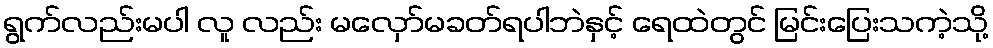
ရွက်လည်းမပါ လူ လည်း မလှော်မခတ်ရပါဘဲနှင့် ရေထဲတွင် မြင်းပြေးသကဲ့သို့